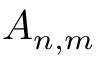
A _ { n , m }